Vaccination in Bombay 1869-1873 - 1869-1873
Year: 1869
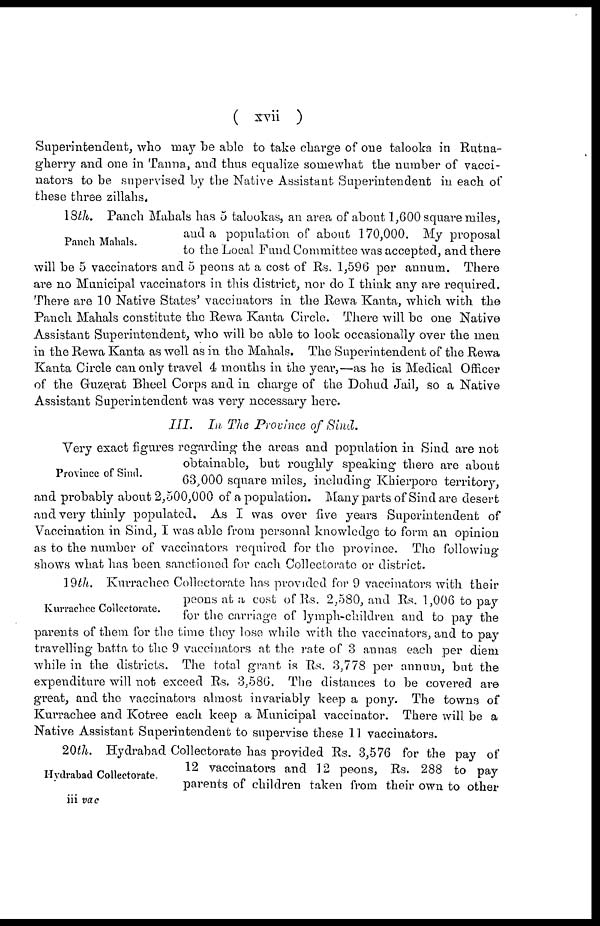
( xvii )
Superintendent, who may be able to take charge of one talooka in Rutna-
gherry and one in Tanna, and thus equalize somewhat the number of vacci-
nators to be supervised by the Native Assistant Superintendent in each of
these three zillahs.
Panch Mahals.
18th. Panch Mahals has 5 talookas, an area of about 1,600 square miles,
and a population of about 170,000. My proposal
to the Local Fund Committee was accepted, and there
will be 5 vaccinators and 5 peons at a cost of Rs. 1,596 per annum. There
are no Municipal vaccinators in this district, nor do I think any are required.
There are 10 Native States' vaccinators in the Rewa Kanta, which with the
Panch Mahals constitute the Rewa Kanta Circle. There will be one Native
Assistant Superintendent, who will be able to look occasionally over the men
in the Rewa Kanta as well as in the Mahals. The Superintendent of the Rewa
Kanta Circle can only travel 4 months in the year,—as he is Medical Officer
of the Guzerat Bheel Corps and in charge of the Dohud Jail, so a Native
Assistant Superintendent was very necessary here.
III.
In The Province of Sind.
Province of Sind.
Very exact figures regarding the areas and population in Sind are not
obtainable, but roughly speaking there are about
63,000 square miles, including Khierpore territory,
and probably about 2,500,000 of a population. Many parts of Sind are desert
and very thinly populated. As I was over five years Superintendent of
Vaccination in Sind, I was able from personal knowledge to form an opinion
as to the number of vaccinators required for the province. The following
shows what has been sanctioned for each Collectorate or district.
Kurrachee Collectorate.
19th. Kurrachee Collectorate has provided for 9 vaccinators with their
peons at a cost of Rs. 2,580, and Rs. 1,006 to pay
for the carriage of lymph-children and to pay the
parents of them for the time they lose while with the vaccinators, and to pay
travelling batta to the 9 vaccinators at the rate of 3 annas each per diem
while in the districts. The total grant is Rs. 3,778 per annum, but the
expenditure will not exceed Rs. 3,586. The distances to be covered are
great, and the vaccinators almost invariably keep a pony. The towns of
Kurrachee and Kotree each keep a Municipal vaccinator. There will be a
Native Assistant Superintendent to supervise these 1.1 vaccinators.
Hydrabad Collectorate.
20th. Hydrabad Collectorate has provided Rs. 3,576 for the pay of
12 vaccinators and 12 peons, Rs. 288 to pay
parents of children taken from their own to other
iii vac